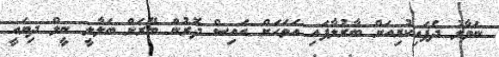
ނަވާލު ދެފައިކުރިއަށް ބާރުލާފައި އަވަހަށް އައިސް ދޮރުން ބޭރަށް ބަލާލީ ނީލް ދިޔައީ